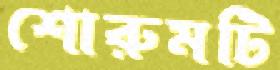
শোরুমটি